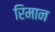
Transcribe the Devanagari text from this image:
रिमान